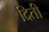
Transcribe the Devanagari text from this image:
दिती